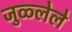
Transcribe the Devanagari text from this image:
जुळ्लेले